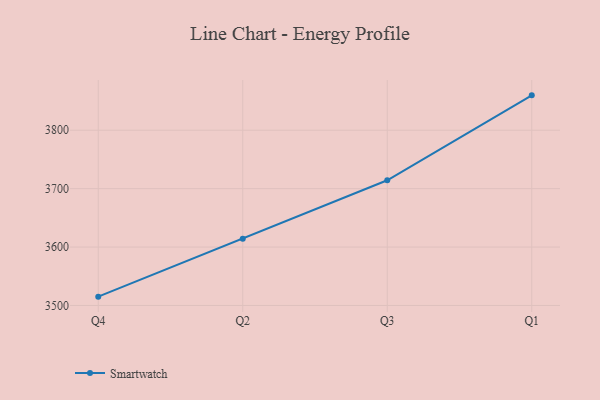
{"axis": {"x": "Quarter", "y": "Population (Million)"}, "legend": ["Smartwatch"], "data": [{"x": "Q4", "y": 3515.1, "type": "Smartwatch"}, {"x": "Q2", "y": 3614.3, "type": "Smartwatch"}, {"x": "Q3", "y": 3714.3, "type": "Smartwatch"}, {"x": "Q1", "y": 3859.7, "type": "Smartwatch"}]}